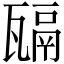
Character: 𤮄